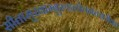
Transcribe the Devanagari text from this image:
सीतामुखाम्बुरुहलोचनचञ्चरीक।